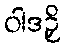
ဝါဒဉှိ